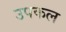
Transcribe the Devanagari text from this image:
उपकल